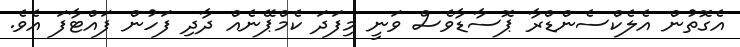
އެގޮތުން އެލެކްސެންޑްރާ ޕޮސާޑާވެސް ވަނީ މިފަދަ ކެމްޕޭނެއް ދާދި ފަހުން ފައްޓާފަ އެވެ.